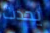
يحدث